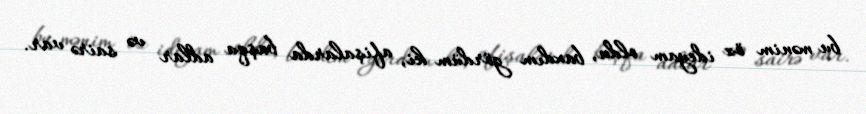
bu mənim öz ideyam oldu, baxdım gördüm ki, afişalarda başqa adlar və sairə var.